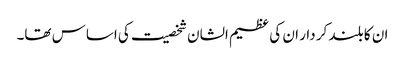
ان کا بلند کر دار ان کی عظیم الشان شخصیت کی اساس تھا۔